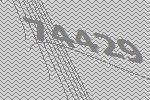
74429